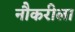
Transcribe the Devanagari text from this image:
नौकरीला